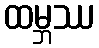
ထမ္ဘဿ